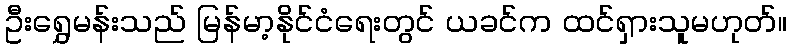
ဦးရွှေမန်းသည် မြန်မာ့နိုင်ငံရေးတွင် ယခင်က ထင်ရှားသူမဟုတ်။